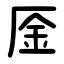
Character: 㕋